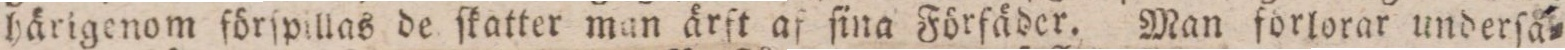
härigenom förſpillas de ſkatter man ärft af fina Förfäder. Man förlorar underſå=